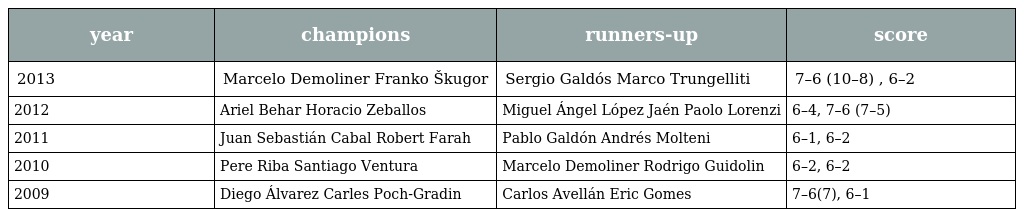
| year | champions | runners-up | score |
 | --- | --- | --- | --- |
 | 2013 | Marcelo Demoliner Franko Škugor | Sergio Galdós Marco Trungelliti | 7–6 (10–8) , 6–2 |
 | 2012 | Ariel Behar Horacio Zeballos | Miguel Ángel López Jaén Paolo Lorenzi | 6–4, 7–6 (7–5) |
 | 2011 | Juan Sebastián Cabal Robert Farah | Pablo Galdón Andrés Molteni | 6–1, 6–2 |
 | 2010 | Pere Riba Santiago Ventura | Marcelo Demoliner Rodrigo Guidolin | 6–2, 6–2 |
 | 2009 | Diego Álvarez Carles Poch-Gradin | Carlos Avellán Eric Gomes | 7–6(7), 6–1 |